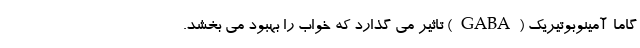
گاما-آمینوبوتیریک (GABA) تاثیر می گذارد که خواب را بهبود می بخشد.